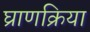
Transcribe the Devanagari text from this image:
घ्राणक्रिया